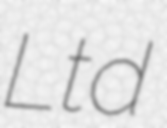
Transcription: Ltd